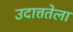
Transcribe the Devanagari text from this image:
उदात्ततेला